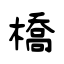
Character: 橋